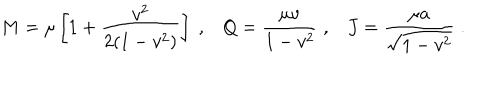
M = \mu \left[ 1 + { \frac { v ^ { 2 } } { 2 ( 1 - v ^ { 2 } ) } } \right] \; , Q = { \frac { \mu v } { 1 - v ^ { 2 } } } \; , J = { \frac { \mu a } { \sqrt { 1 - v ^ { 2 } } } } \; .